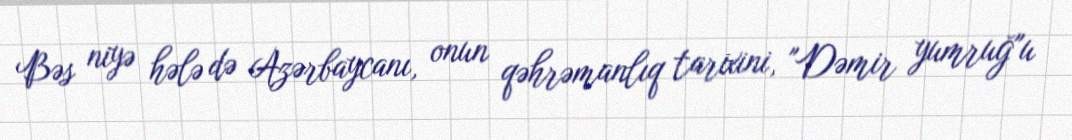
Bəs niyə hələ də Azərbaycanı, onun qəhrəmanlıq tarixini, "Dəmir yumruğ"u